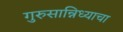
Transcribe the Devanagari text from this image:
गुरुसान्निध्याचा